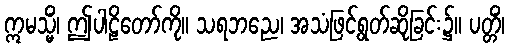
ဣမသ္မိံ၊ ဤပါဠိတော်ကို။ သရဘညေ၊ အသံဖြင့်ရွတ်ဆိုခြင်း၌။ ပတ္တိံ၊